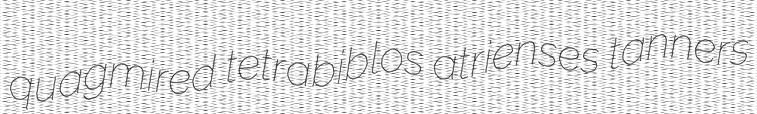
quagmired tetrabiblos atrienses tanners